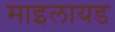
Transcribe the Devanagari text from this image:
माइलायड